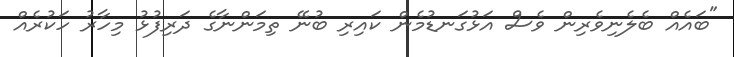
"ބައެއް ބެލެނިވެރިން ވެސް އަޅުގަނޑުމެން ކައިރި ބުނޭ ތިމަންނާގެ ދަރިފުޅު މިހާރު ހަކުރެއް